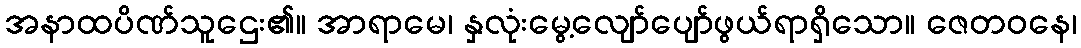
အနာထပိဏ်သူဌေး၏။ အာရာမေ၊ နှလုံးမွေ့လျော်ပျော်ဖွယ်ရာရှိသော။ ဇေတဝနေ၊